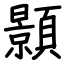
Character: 顥